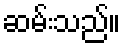
ဆမ်းသည်။